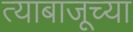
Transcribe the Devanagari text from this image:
त्याबाजूच्या